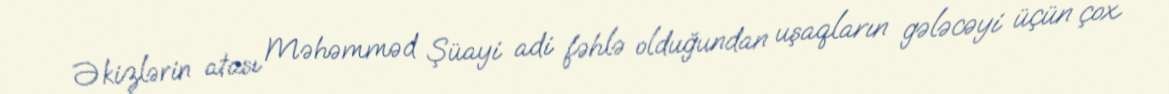
Əkizlərin atası Məhəmməd Şüayi adi fəhlə olduğundan uşaqların gələcəyi üçün çox